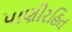
પાણીરહિત